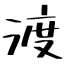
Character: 渡